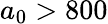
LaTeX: a_{0}>800